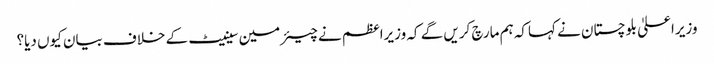
وزیراعلیٰ بلوچستان نے کہاکہ ہم مارچ کریں گے کہ وزیراعظم نے چیئرمین سینیٹ کے خلاف بیان کیوں دیا؟